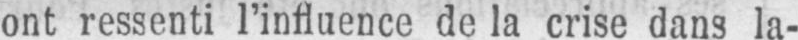
ont ressenti l’influence de la crise dans la-